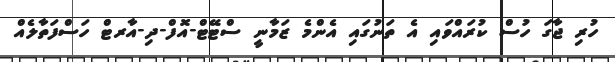
ހުރި ޖާގަ ހުސް ކުރައްވައި އެ ތަނުގައި އެންމެ ޒަމާނީ ސްޓޭޓް-އޮފް-ދި-އާރޓް ހަސްފަތާލެއް